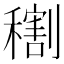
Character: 𥢫